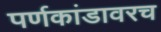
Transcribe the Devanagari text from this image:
पर्णकांडावरच